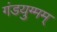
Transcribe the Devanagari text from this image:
गंडयुग्मम्